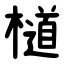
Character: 檤